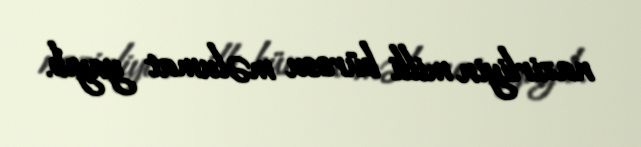
nazirliyin milli bürosu məlumat yayıb.